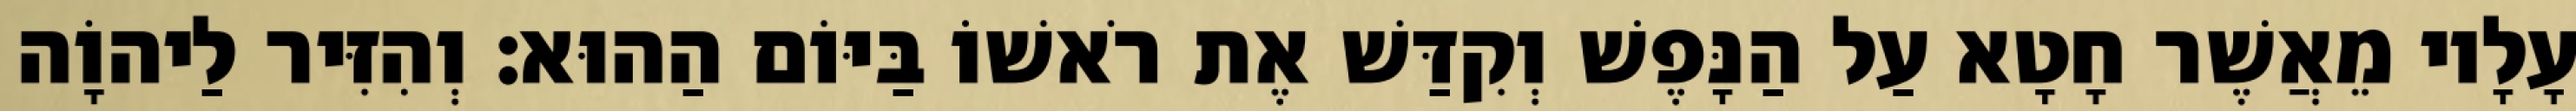
עָלָיו מֵאֲשֶׁר חָטָא עַל הַנָּפֶשׁ וְקִדַּשׁ אֶת רֹאשׁוֹ בַּיּוֹם הַהוּא׃ וְהִזִּיר לַיהוָֹה